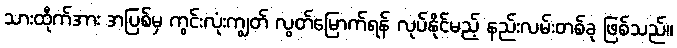
သားထိုက်အား အပြစ်မှ ကွင်းလုံးကျွတ် လွတ်မြောက်ရန် လုပ်နိုင်မည့် နည်းလမ်းတစ်ခု ဖြစ်သည်။